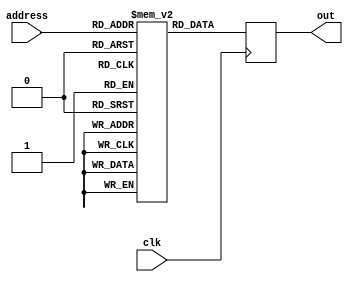
module dispram(
input clk,
input [11:0] address,
output reg [7:0] out);

reg [7:0] dispram [4095:0];

initial begin : once
	dispram[0] <= 8'b00000000;
end

always @(posedge clk) begin
	out <= dispram[address];
end

endmodule